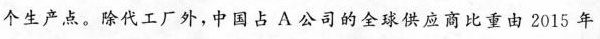
个生产点。除代工厂外，中国占A公司的全球供应商比重由2015年